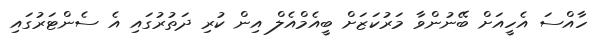
ހާއްސަ އެހީއަށް ބޭނުންވާ މަރުކަޒަށް ބީއެމްއެލް އިން ކުރި ދަތުރުގައި އެ ސެންޓަރުގައި